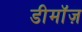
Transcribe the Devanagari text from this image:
डीमॉज़